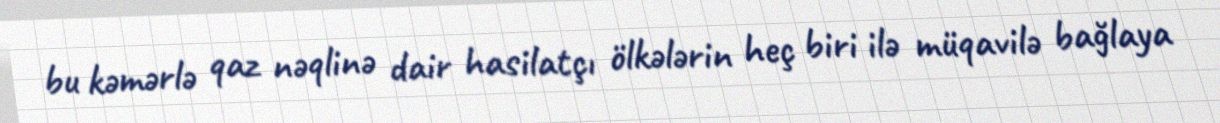
bu kəmərlə qaz nəqlinə dair hasilatçı ölkələrin heç biri ilə müqavilə bağlaya